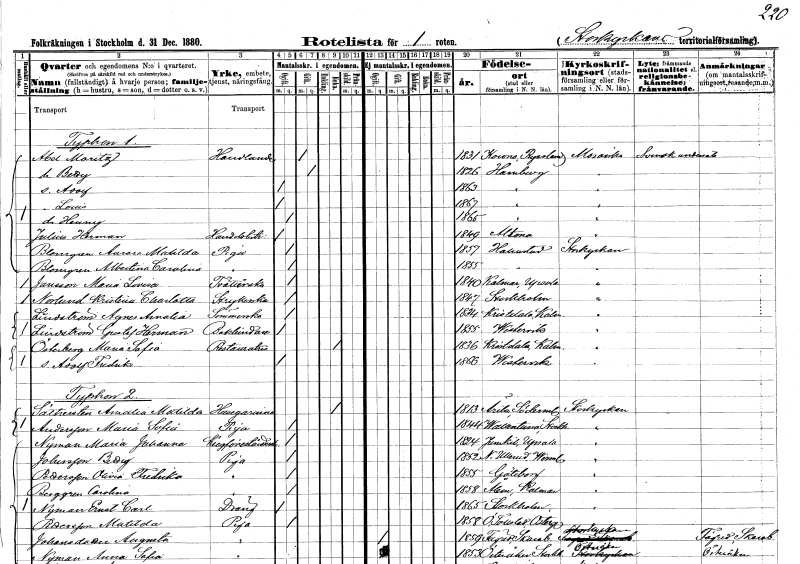
gt_parse: households: individuals: FN: Moritz
EN: Abel
YRKE: Handlande
KON: M
CIV: G
FODAR: 1831
FN: Betty
KON: K
CIV: G
FODAR: 1826
FN: Adolf
KON: M
CIV: O
FODAR: 1863
FN: Louis
KON: M
CIV: O
FODAR: 1867
FN: Hanny
KON: K
CIV: O
FODAR: 1865
FN: Herman
EN: Julius
YRKE: Handelsbiträde
KON: M
CIV: O
FODAR: 1849
FN: Aurora Matilda
EN: Blomgren
YRKE: Piga
KON: K
CIV: O
FODAR: 1857
FODFORS: Halmstad Hallands län
FN: Albertina Carolina
EN: Blomgren
YRKE: Piga
KON: K
CIV: O
FODAR: 1855
FODFORS: Halmstad Hallands län
FN: Maria Lovisa
EN: Jonsson
YRKE: Tvätterska
KON: K
CIV: O
FODAR: 1840
FODFORS: Kalmar Uppsala län
FN: Kristina Charlotta
EN: Norlund
YRKE: Strykerska
KON: K
CIV: O
FODAR: 1847
FODFORS: Stockholm
FN: Agnes Amalia
EN: Lindström
YRKE: Sömmerska
KON: K
CIV: O
FODAR: 1834
FODFORS: Kristdala Kalmar län
FN: Gustaf Herman
EN: Lindström
YRKE: Bokbindare
KON: M
CIV: O
FODAR: 1855
FODFORS: Västervik Kalmar län
FN: Maria Sofia
EN: Österberg
YRKE: Restauratrice
KON: K
CIV: E
FODAR: 1836
FODFORS: Kristdala Kalmar län
FN: Adolf Fredrik
KON: M
CIV: O
FODAR: 1866
FODFORS: Västervik Kalmar län
FN: Amalia Matilda
EN: Säthersten
YRKE: Husägarinna
KON: K
CIV: E
FODAR: 1813
FODFORS: Ärla Södermanlands län
FN: Maria Sofia
EN: Andersson
YRKE: Piga
KON: K
CIV: O
FODAR: 1844
FODFORS: Vallentuna Stockholms län
FN: Maria Johanna
EN: Nyman
YRKE: Krogföreståndarinna
KON: K
CIV: O
FODAR: 1824
FODFORS: Jumkil Uppsala län
FN: Betty
EN: Johnsson
YRKE: Piga
KON: K
CIV: O
FODAR: 1852
FODFORS: Nedre Ullerud Värmlands län
FN: Olivia Fredrika
EN: Pettersson
YRKE: Piga
KON: K
CIV: O
FODAR: 1855
FODFORS: Göteborg Göteborgs- och Bohuslän
FN: Carolina
EN: Berggren
YRKE: Piga
KON: K
CIV: O
FODAR: 1858
FODFORS: Ålem Kalmar län
FN: Emil Carl
EN: Nyman
YRKE: Dräng
KON: M
CIV: O
FODAR: 1865
FODFORS: Stockholm